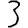
Digit: 3